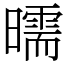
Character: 曘